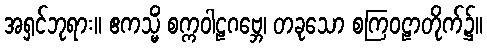
အရှင်ဘုရား။ ဧကသ္မိံ စက္ကဝါဠဂဗ္ဘေ၊ တခုသော စကြဝဠာတိုက်၌။